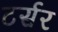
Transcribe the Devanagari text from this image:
टर्सर